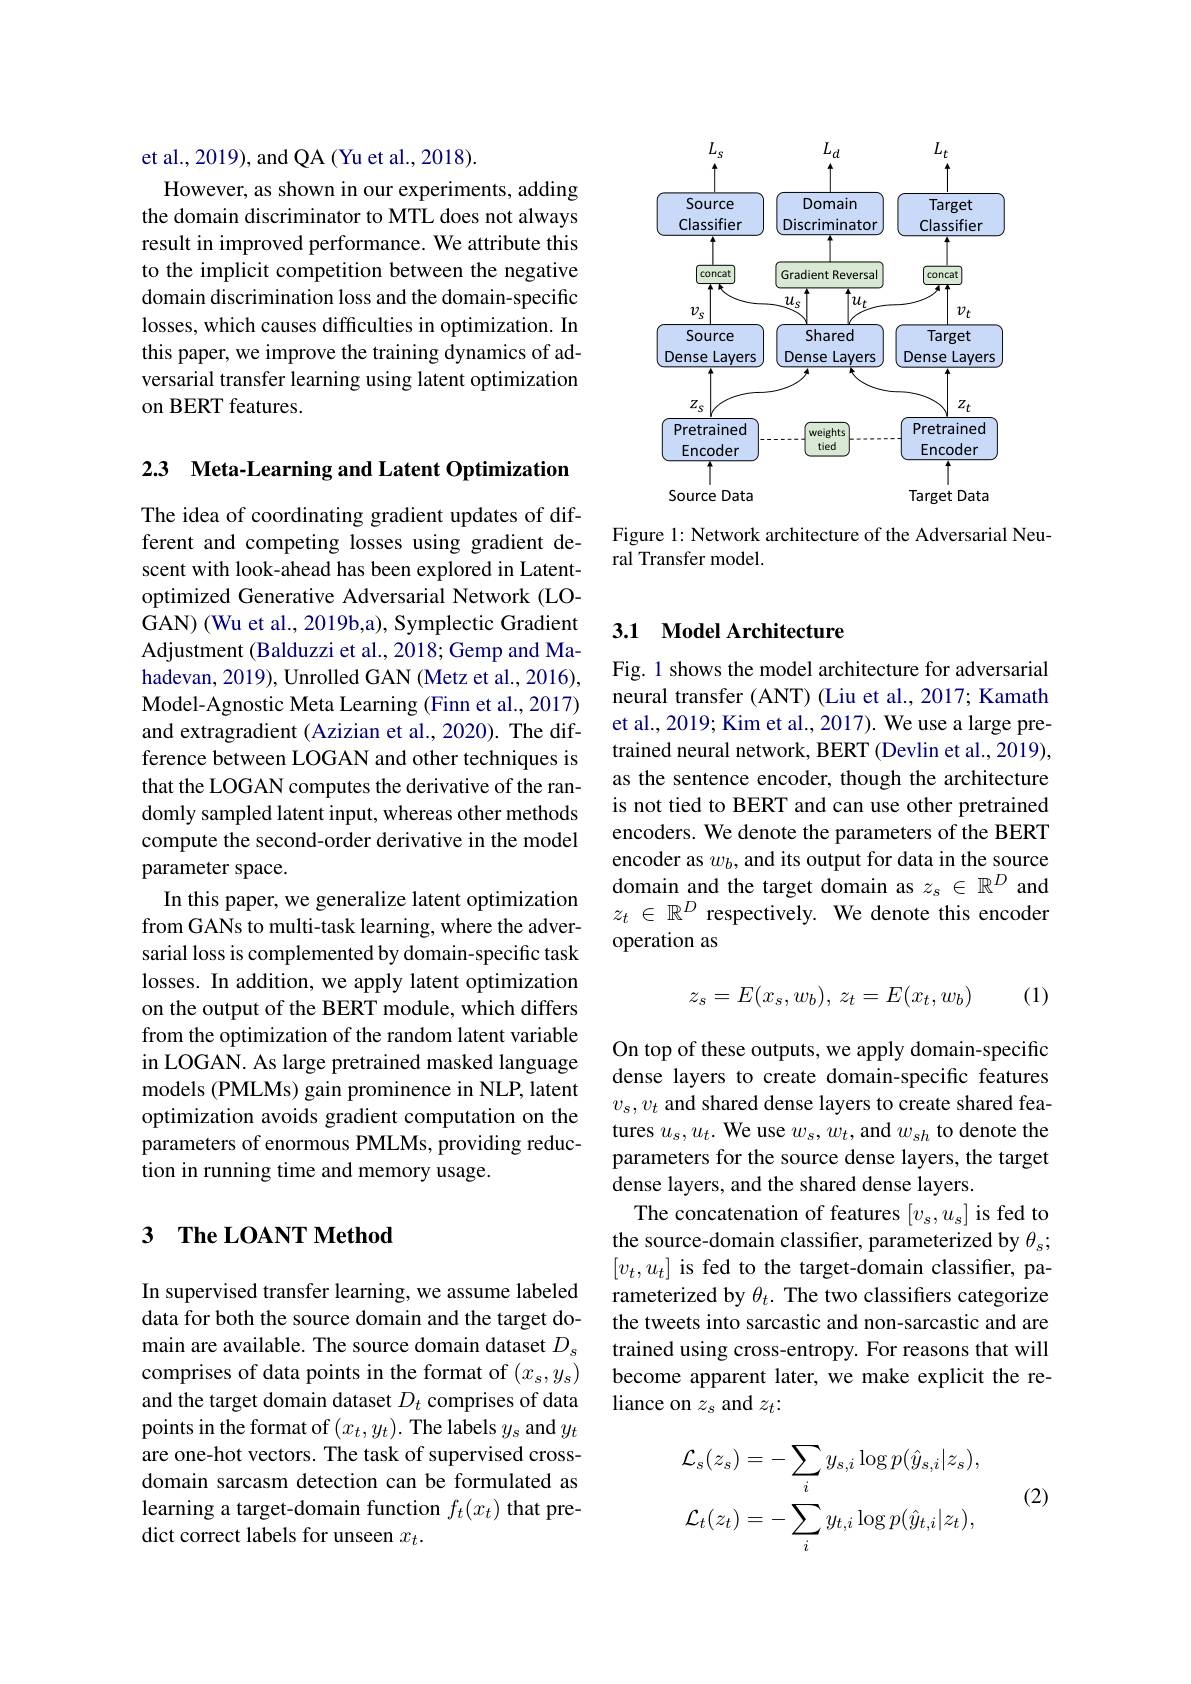
et al., 2019), and QA (Yu et al., 2018).
However, as shown in our experiments, adding the domain discriminator to MTL does not always result in improved performance. We attribute this to the implicit competition between the negative domain discrimination loss and the domain-specific losses, which causes difficulties in optimization. In this paper, we improve the training dynamics of adversarial transfer learning using latent optimization on BERT features.

2.3 Meta-Learning and Latent Optimization

The idea of coordinating gradient updates of different and competing losses using gradient descent with look-ahead has been explored in Latentoptimized Generative Adversarial Network (LOGAN) (Wu et al., 2019b,a), Symplectic Gradient Adjustment (Balduzzi et al., 2018; Gemp and Mahadevan, 2019), Unrolled GAN (Metz et al., 2016), Model-Agnostic Meta Learning (Finn et al., 2017) and extragradient (Azizian et al., 2020). The difference between LOGAN and other techniques is that the LOGAN computes the derivative of the randomly sampled latent input, whereas other methods compute the second-order derivative in the model parameter space.
In this paper, we generalize latent optimization from GANs to multi-task learning, where the adversarial loss is complemented by domain-specific task losses. In addition, we apply latent optimization on the output of the BERT module, which differs from the optimization of the random latent variable in LOGAN. As large pretrained masked language models (PMLMs) gain prominence in NLP, latent optimization avoids gradient computation on the parameters of enormous PMLMs, providing reduction in running time and memory usage.

## 3 $\mathbf{TheLOANTMethod}$

In supervised transfer learning, we assume labeled data for both the source domain and the target domain are available. The source domain dataset $D_s$ comprises of data points in the format of $(x_s,y_s)$ and the target domain dataset $D_t$ comprises of data points in the format of $(x_t,y_t).$ The labels $y_s$ and $y_t$ are one-hot vectors. The task of supervised crossdomain sarcasm detection can be formulated as learning a target-domain function $f_t(x_t)$ that predict correct labels for unseen $x_t.$

<FigureHere>

Figure 1: Network architecture of the Adversarial Neu-
ral Transfer model.

### 3.1 Model Architecture

Fig. 1 shows the model architecture for adversarial neural transfer (ANT) (Liu et al., 2017; Kamath et al., 2019; Kim et al., 2017). We use a large pretrained neural network, BERT (Devlin et al., 2019), as the sentence encoder, though the architecture is not tied to BERT and can use other pretrained encoders. We denote the parameters of the BERT encoder as $w_b$, and its output for data in the source domain and the target domain as $z_s\in\mathbb{R}^D$ and $z_t\in\mathbb{R}^D$ respectively. We denote this encoder operation as
$$z_s=E(x_s,w_b),\:z_t=E(x_t,w_b)$$
(1)

On top of these outputs, we apply domain-specific dense layers to create domain-specific features $v_s,v_t$ and shared dense layers to create shared features $u_s,u_t.$ We use $w_s,w_t$,and $w_sh$ to denote the parameters for the source dense layers, the target dense layers, and the shared dense layers.
The concatenation of features $[v_s,u_s]$ is fed to the source-domain classifier, parameterized by $\theta_s;$ $[v_t,u_t]$ is fed to the target-domain classifier, parameterized by $\theta_t.$ The two classifiers categorize the tweets into sarcastic and non-sarcastic and are trained using cross-entropy. For reasons that will become apparent later, we make explicit the reliance on $z_s$ and $z_t:$

(2)
$$\mathcal{L}_{s}(z_{s})=-\sum_{i}y_{s,i}\log p(\hat{y}_{s,i}|z_{s}),\\\mathcal{L}_{t}(z_{t})=-\sum_{i}y_{t,i}\log p(\hat{y}_{t,i}|z_{t}),$$